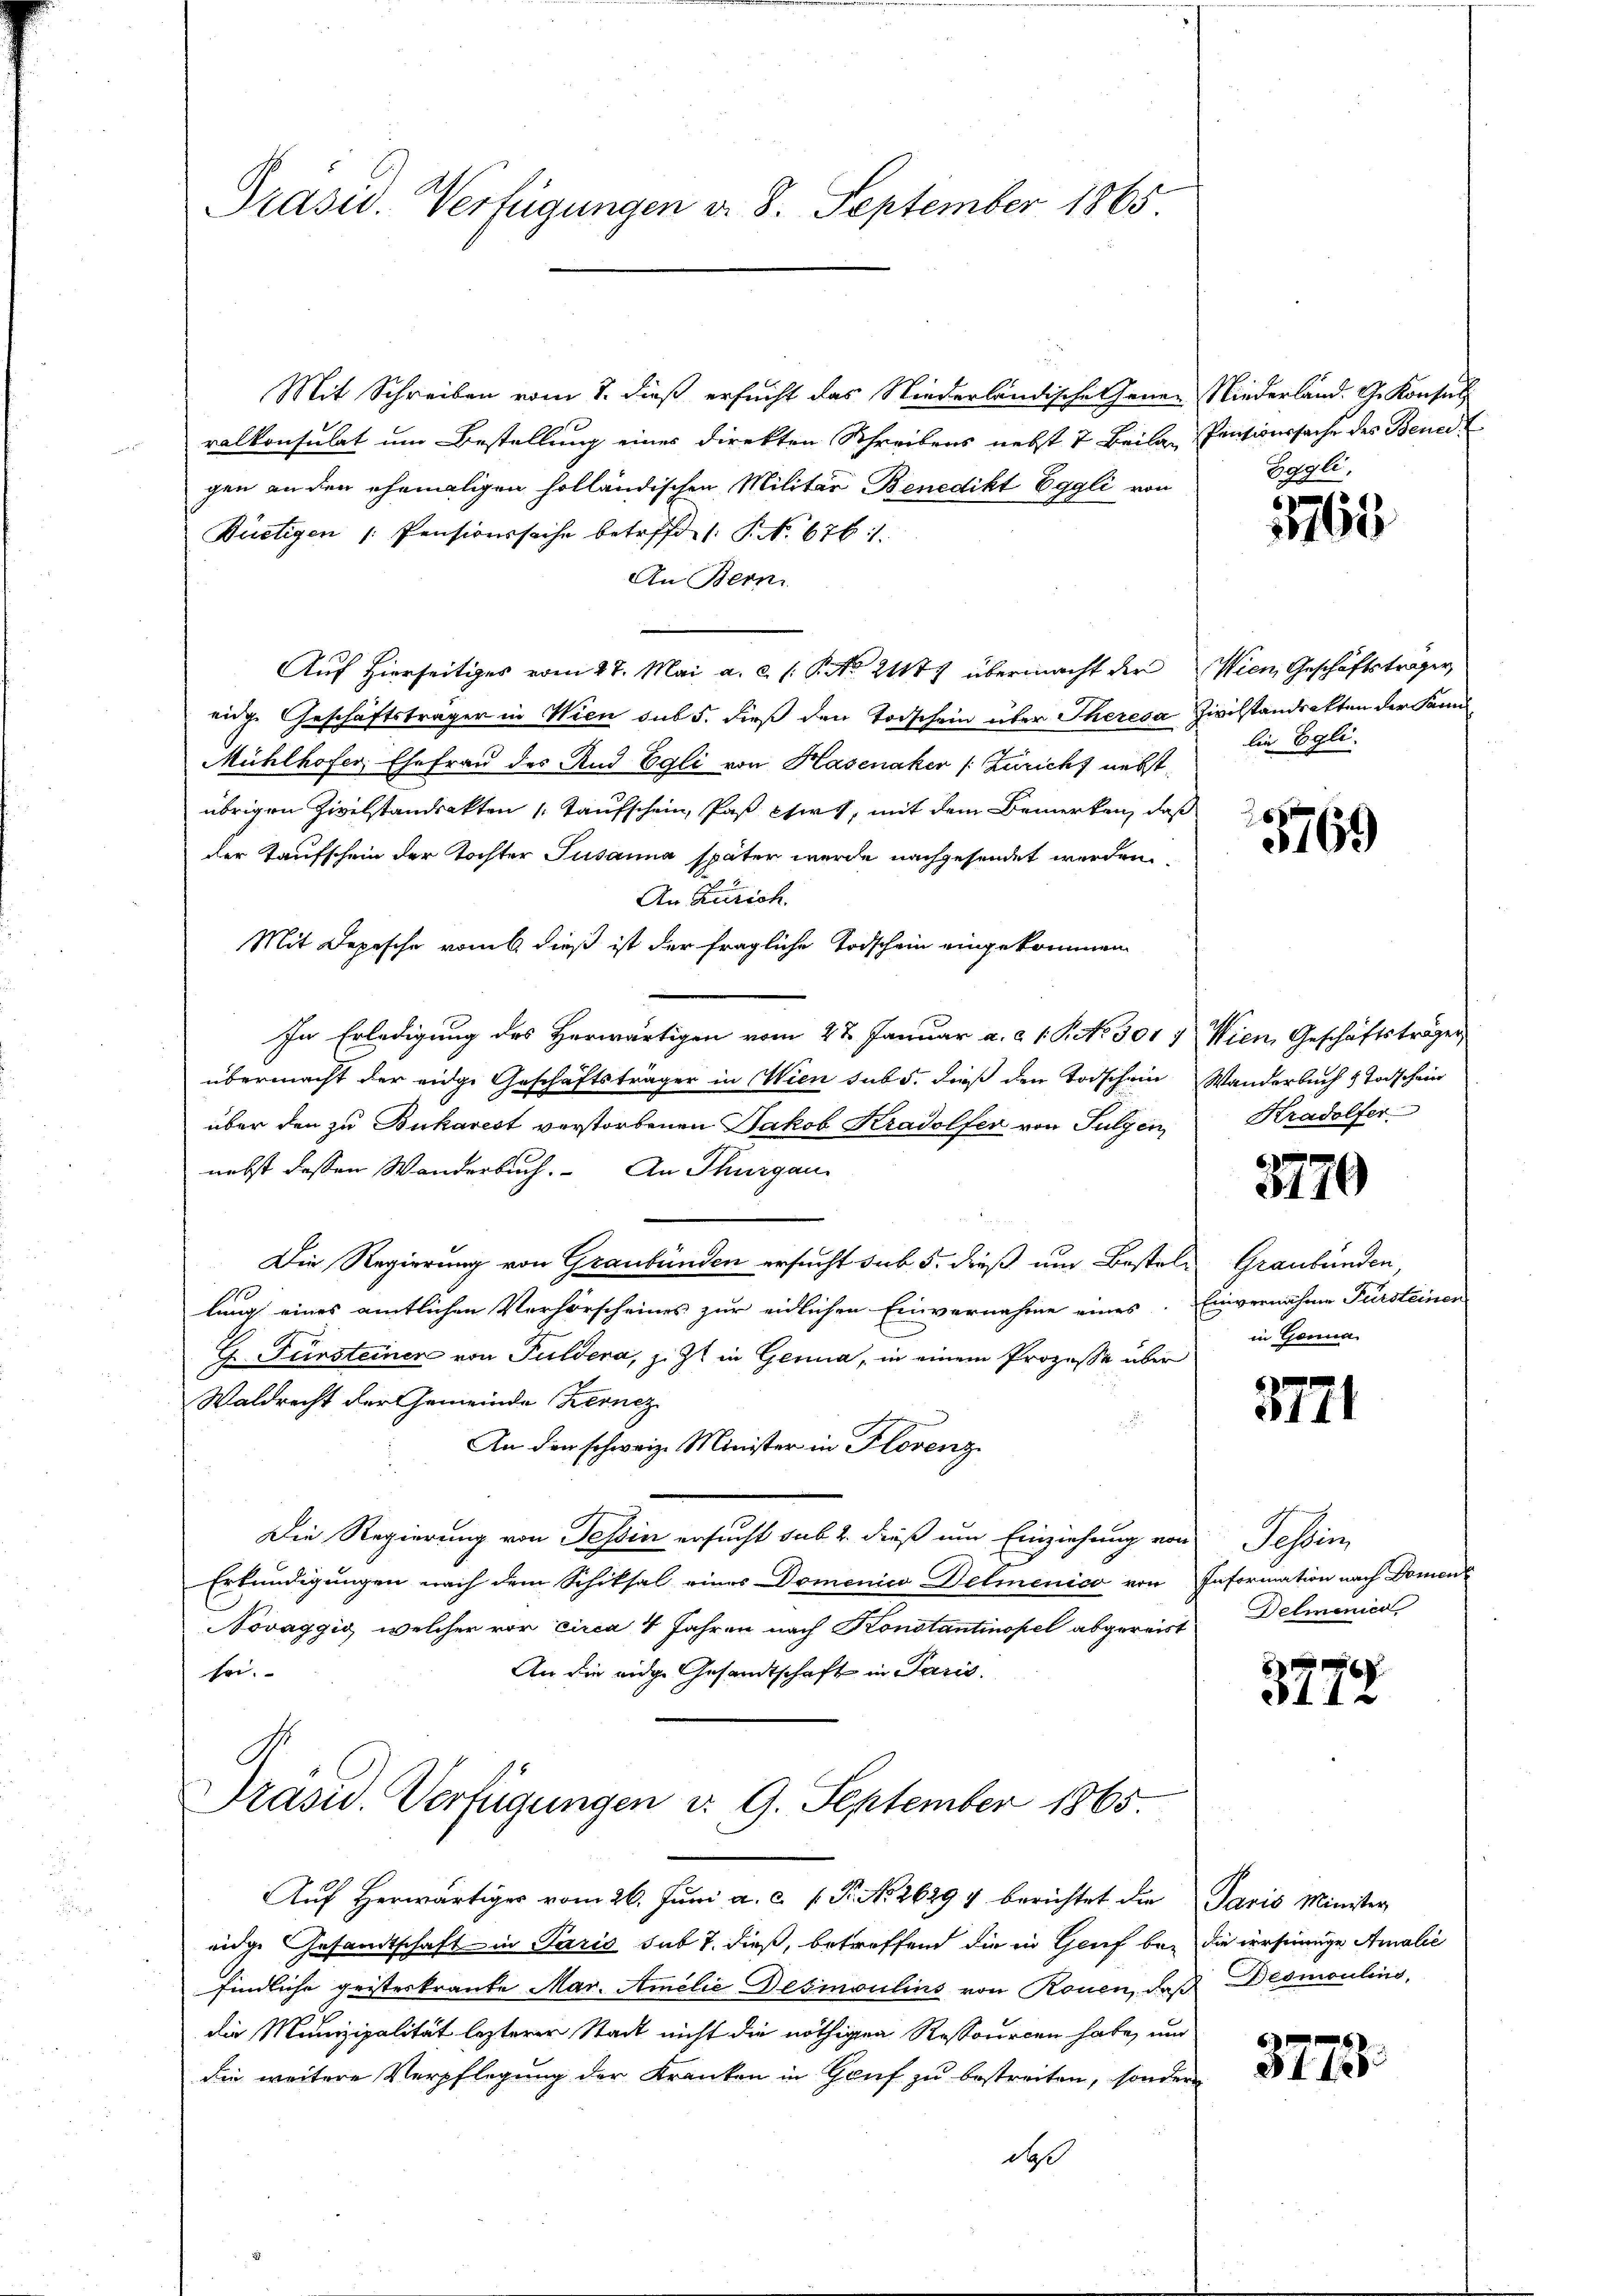
Grasw. Verfügungen d. 8. September 1865

Mit Schreiben vom 7. dieß ersucht das Niederländischehenen
ralkonsulat um Bestellung eines direkten Schreibens nebst 7 Beilag
gen an den ehemaligen holländischen Militär Benedikt Eggli von
Dürtigen Pensionssache betreffd. S. 676.
An Bern
Auf hierseitiges vom 27. Mai a. c. (: P. No 2177 übermacht der
eige Geschäftsträger in Wien sub 5. dieß den Todschein über Theresa
Mühlhofer, Ehefrau der Und Egli von Hasenaker (: Zuricht nebst
übrigen Zivilstandsakten Taufschein, Pas chirt, mit dem Bemerken, daß
der Kaufschein der Tochter Susanna später wurde nachgesendet werden.
An Zürich.
Mit Depesche vom 6. dieß ist der fragliche Todschein eingekommen
In Erledigung des Herwärtigen vom 22. Januar a. c. 1. P. No 3017
übermacht der eidge Geschäftsträger in Wien sub 5. dieß den Todschein
über den zu Bukarest verstorbenen Jakob Kradolfer von Fulgen
nebst dessen Wanderbuch. An Thurgau
Die Regierung von Graubünden ersucht sub 5. dieß um Bestellung eines amtlichen Verhörscheines zur eidlichen Einvernahme eines
G.. Fürsteiner von Puldena, z. Zt. in Genua, in einem Prozesse über
Waldrecht der Gemeinde Kernez
.
An den schweiz. Minister in Florenz
Die Regierung von Tessin ersucht sub 2. dieß um Einziehung von
Erkundigungen nach dem Schiksal eines Domenico Delmenico von
Novaggio, welcher vor circa 4 Jahren nach Konstantinopel abgereist
An die eidge Gesandtschaft in Paris.
sei.
Prasid. Verfügungen d. 9. September 1865
Auf Herwärtiger vom 26. Juni a.c. (T. No. 2629 & berichtet die
eidge Gesandtschaft in Paris sub 7. dieß, betreffend die in Genf be-
findliche geisterkrante Mar. Amilie Desinoulins von Rouen, daß
die Munizipalität lezterer Stadt nicht die nöthigen Ressourcen habe, und
die weitere Verpflegung der Kranken in Gruf zu bestreiten, sondern
daß

Niederland. G. Konsul
Pensionssache des Bene
Bogli

3763

Wien, Geschäftsträger
Zivilstandrekten der Kanlin Egli.

5769

Wien Geschäftsträger
Wanderbuch & Todschein
Kradolfer

3770

Graubünden
Einvernahme Fürsteinen
in Gönna.

3771

Sahling
Information nach Domen
Delmenica

3778

Paris Minister
die irrsinnige Amalie
Beoniculins,

3773.